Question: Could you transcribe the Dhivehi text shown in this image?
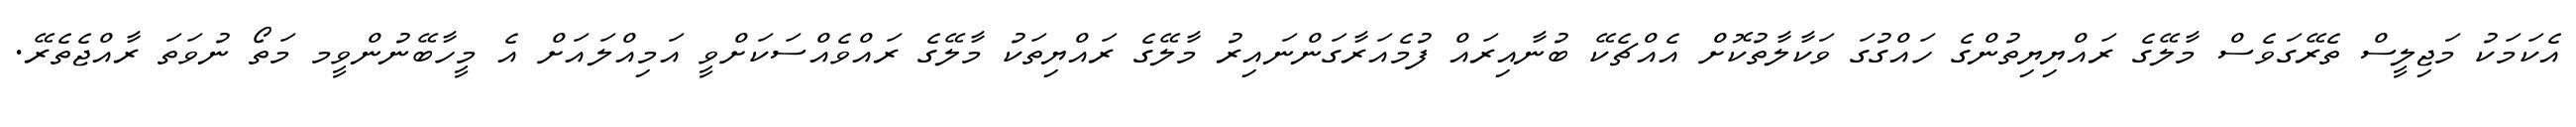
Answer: އެކަމަކު މަޖިލީސް ތެރޭގަވެސް މާލޭގެ ރައްޔިޔިތުންގެ ހައްގުގަ ވަކާލާތުކޮށް އެއްޗެކޭ ބުނާއިރައް ފުމެއަރާގަންނައިރު މާލޭގެ ރައްޔިތަކު މާލޭގެ ރައްވެއްސަކަށްވީ އަމިއްލައަށް އެ މީހާބޭނުންވީމ މަތޯ ނުވަތަ ރާއްޖެތެރޭ.